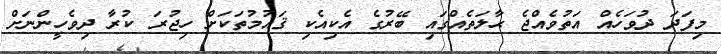
މިފަދަ ދުވަހެއް އަތުވެއްޖެ ޙާލަތެއްގައި ބޭރުގެ އެކިއެކި ޤައުމުތަކަށް ހިޖުރަ ކުރާ ދިވެހީންނަށް